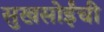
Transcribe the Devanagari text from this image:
सुखसोईंची